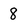
Character: 8